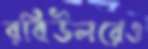
রবিউলরেও